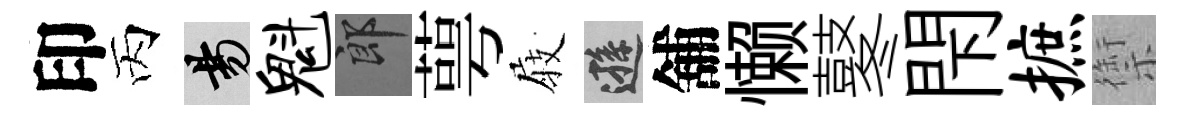
印丙昜魁郎萼𡲆遜舖懒鼕閇摭禦